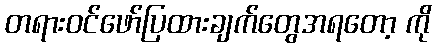
တရားဝင်ဖော်ပြထားချက်တွေအရတော့ ကို